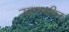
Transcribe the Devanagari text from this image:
उडनशील